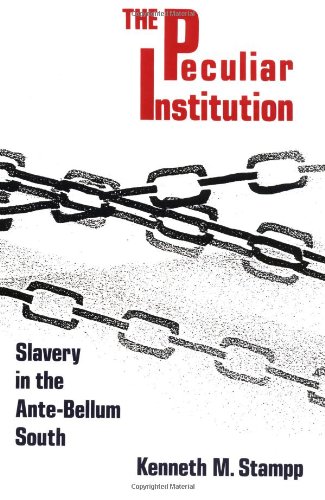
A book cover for Peculiar Institution: Slavery in the Ante-Bellum South; Kenneth M. Stampp; History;